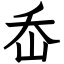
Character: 岙